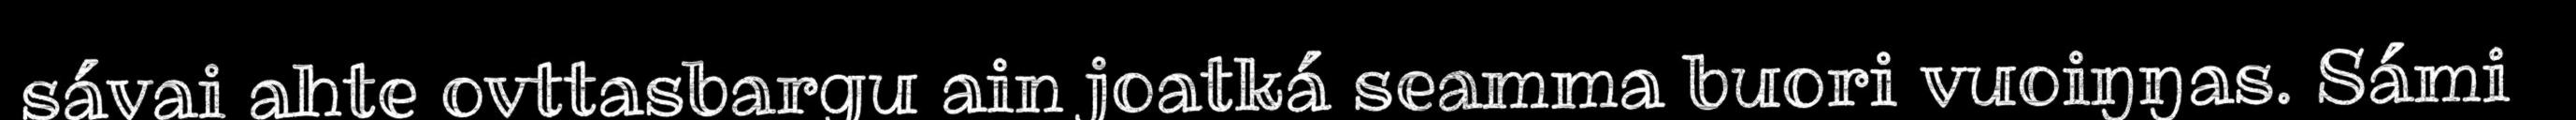
sávai ahte ovttasbargu ain joatká seamma buori vuoiŋŋas. Sámi